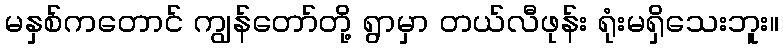
မနှစ်ကတောင် ကျွန်တော်တို့ ရွာမှာ တယ်လီဖုန်း ရုံးမရှိသေးဘူး။